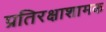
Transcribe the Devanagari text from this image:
प्रतिरक्षाशामक